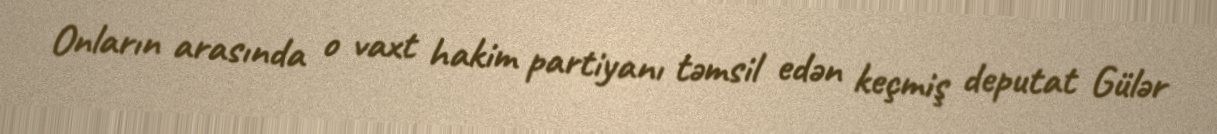
Onların arasında o vaxt hakim partiyanı təmsil edən keçmiş deputat Gülər